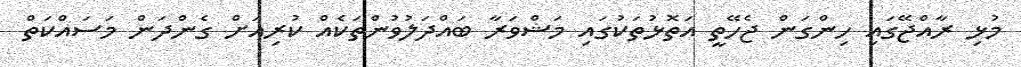
މުޅި ރާއްޖޭގައި ހިންގަން ޖެހޭތީ އަތޮޅުތަކުގައި މަޝްވަރާ ބައްދަލުވުންތަކެއް ކުރިއަށް ގެންދަން މަސައްކަތް